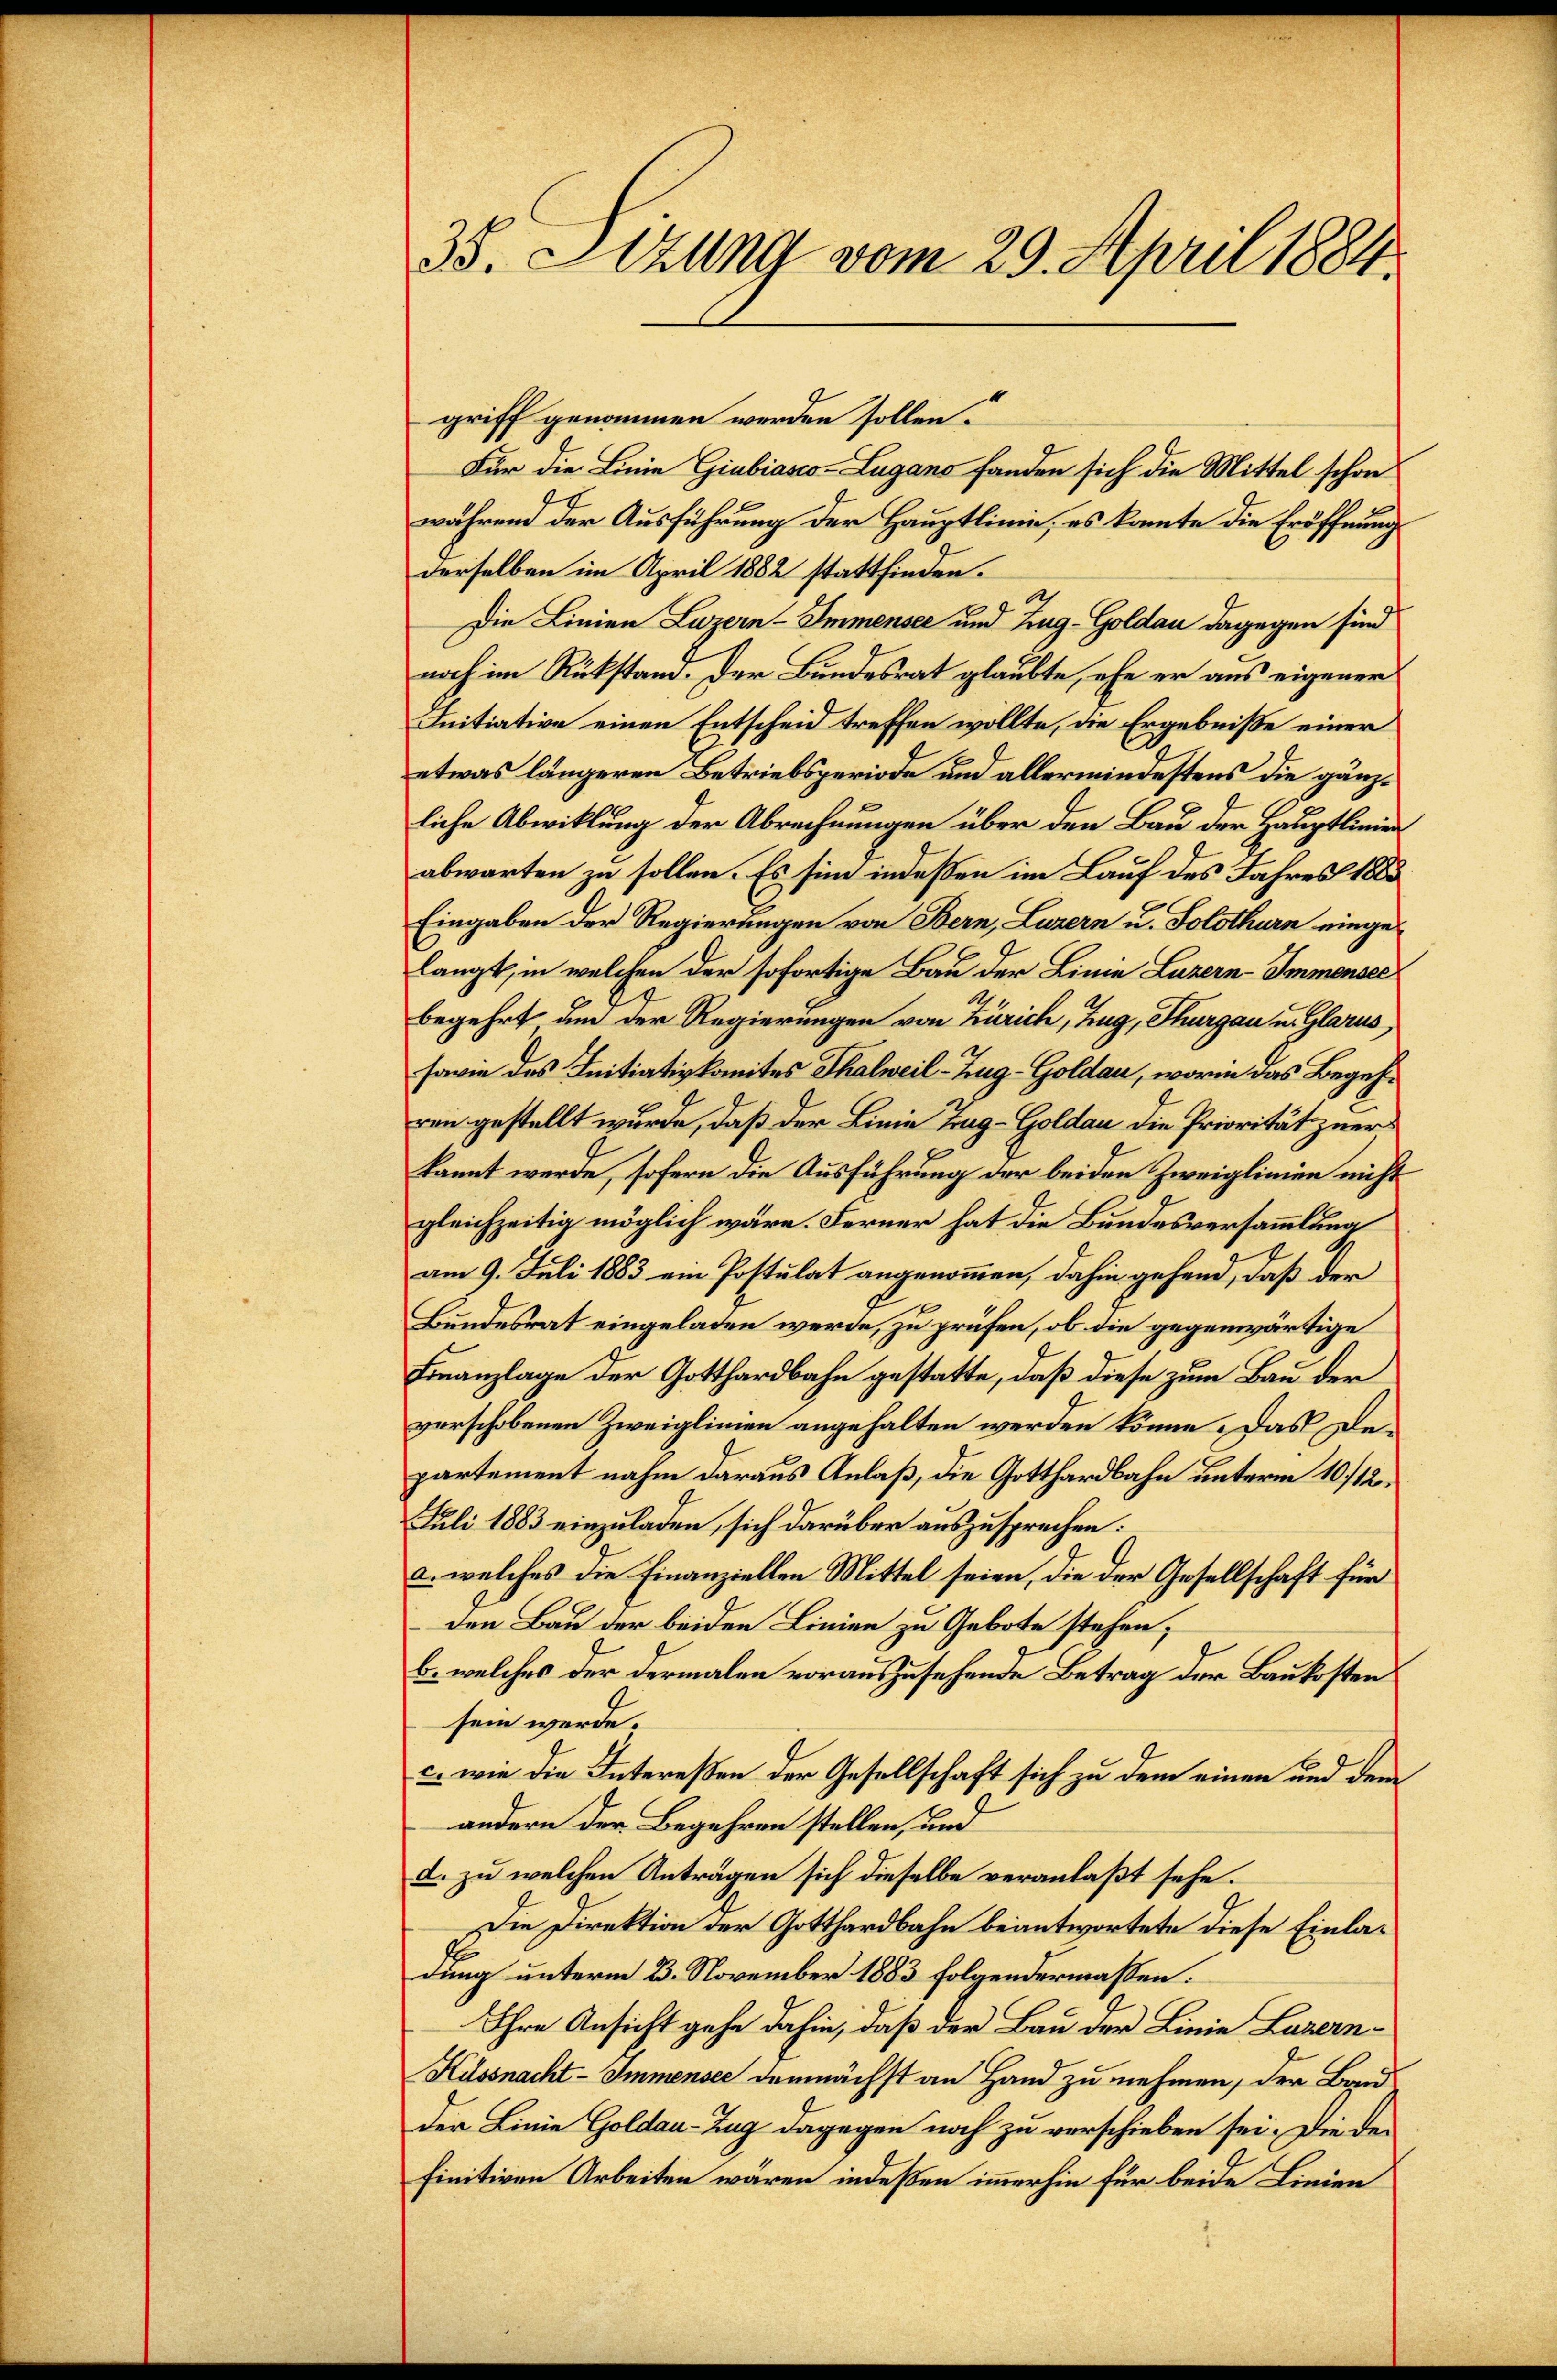
35. Sitzung vom 29. April 1884.

griff genommen werden sollen.
Für die Linie Giubiasco-Lugano fanden sich die Mittel schon
während der Ausführung der Hauptlinie, es kannte die Eröffnung
derselben im April 1882 stattfinden.
Die Linien Luzern - Immensee und Zug-Goldau dagegen sind
noch im Rükstand. Der Bundesrat glaubte, ehe er aus eigener
Initiative einen Entscheid treffen wollte, die Ergebniße einer
etwas längeren Betriebsperiode und allermindestens die gänzliche Abwicklung der Abrechnungen über den Bau der Hauptlinien
abwarten zu sollen. Es sind indessen im Lauf des Jahres 1883
Eingaben der Regierungen von Bern, Luzern u. Solothurn eingelangt, in welchen der sofortige Bau der Linie Luzern–Immensee
begehrt um der Regierungen von Zürich, Zug, Thurgau u. Glarus,
sowie des Initiativkomites Thalweil–Zug–Goldau, worin das Begehren gestellt wurde, daß der Linie Trag-Goldau die Priorität zuer
kannt werde, sofern die Ausführung der beiden Zweiglinien nicht
gleichzeitig möglich wäre. Ferner hat die Bundesversammlung
am 9. Juli 1883 ein Postulat angenommen, dahin gehend, daß der
Bundesrat eingeladen werde, zu prüfen, ob die gegenwärtige
Finanzlage der Gotthardbahn gestatte, daß diese zum Bau der
verschobenen Zweiglinien angehalten werden könne. Das Departement nahm daraus Anlaß, die Gotthardbahn unterm 10/12
Juli 1883 einzuladen, sich darüber auszusprechen:
a. welches die Finanziellen Mittel seien, die der Gesellschaft für
den Bau der beiden Linien zu Gebote stehen;
b. welches der dermalen vorauszusehende Betrag der Baukosten
sein werde.
c. wie die Intereßen der Gesellschaft sich zu dem einen und dem
andern der Begehren stellen, und
d. zu welchen Anträgen sich dieselbe veranlaßt sehe.
Die Direktion der Gotthardbahn beantwortete diese Einladung unterm 23. November 1883 folgendermaßen.
Ihre Ansicht gehe dahin, daß der Bau der Linie Luzern¬
Küssnacht- Immensee demnächst an Hand zu nehmen, der Band
der Linie Goldau-Zug dagegen noch zu verschieben sei. Die der
finitiven Arbeiten wären indeßen immerhin für beide Linien